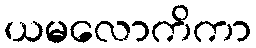
ယမလောကိကာ